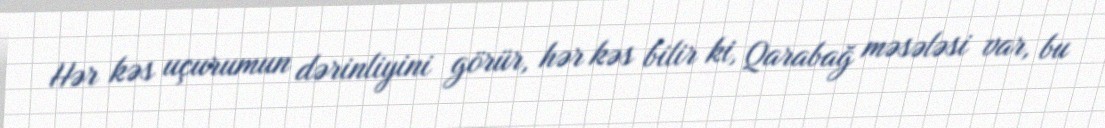
Hər kəs uçurumun dərinliyini görür, hər kəs bilir ki, Qarabağ məsələsi var, bu